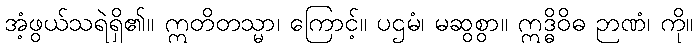
အံ့ဖွယ်သရဲရှိ၏။ ဣတိတသ္မာ၊ ကြောင့်။ ပဌမံ၊ မဆွစွာ။ ဣဒ္ဓိဝိဓ ဉာဏံ၊ ကို။